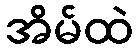
အိမ်ထဲ